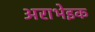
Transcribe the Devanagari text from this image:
अराभेइक